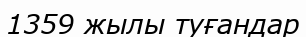
1359 жылы туғандар